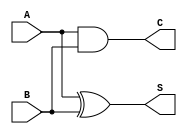
module half_adder (
    input wire A,      // First input
    input wire B,      // Second input
    output wire S,     // Sum output
    output wire C      // Carry output
);
    // Logic for Half Adder
    assign S = A ^ B;  // Sum is A XOR B
    assign C = A & B;  // Carry is A AND B
endmodule